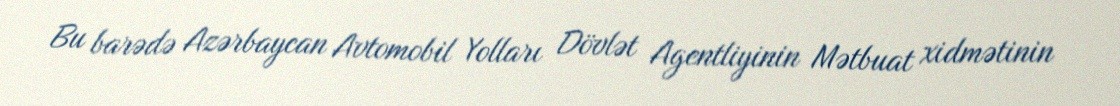
Bu barədə Azərbaycan Avtomobil Yolları Dövlət Agentliyinin Mətbuat xidmətinin